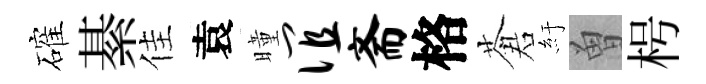
確綦佳袁曈谊斋格蒼紆曽枵